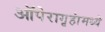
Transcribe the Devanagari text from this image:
ऑपेरागृहांमध्ये